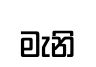
මැනි